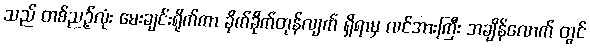
သည် တစ်ညဉ့်လုံး မေးချင်းရိုက်ကာ ခိုက်ခိုက်တုန်လျက် ရှိရာမှ လင်အားကြီး အချိန်လောက် တွင်